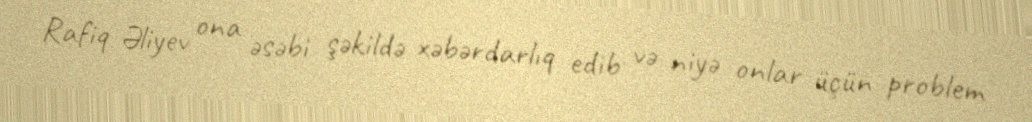
Rafiq Əliyev ona əsəbi şəkildə xəbərdarlıq edib və niyə onlar üçün problem